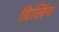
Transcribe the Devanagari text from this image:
ग्रिलिंग